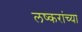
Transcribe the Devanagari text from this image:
लष्करांच्या